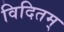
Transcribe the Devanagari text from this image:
विदितम्